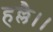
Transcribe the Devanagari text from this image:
हल्लै।।